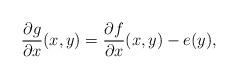
LaTeX: \begin{align*}\frac{\partial g}{\partial x}(x,y)=\frac{\partial f}{\partial x}(x,y) -e(y),\end{align*}